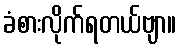
ခံစားလိုက်ရတယ်ဗျာ။